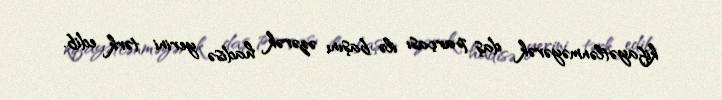
kifayətlənməyərək daş parçası ilə başını əzərək hadisə yerini tərk edib.